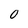
Character: 0